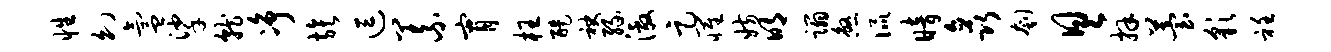
性幻氲挲就净族逗义宵枉醍袂缘激足罹妨明蹋煞侃暗矗刳具拜苔彩衽